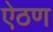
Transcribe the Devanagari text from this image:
ऐठण